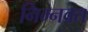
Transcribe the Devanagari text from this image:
निम्‍नवत